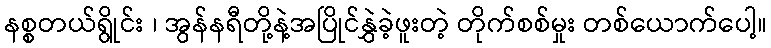
နစ္စတယ်ရွိုင်း ၊ အွန်နရီတို့နဲ့အပြိုင်နွှဲခဲ့ဖူးတဲ့ တိုက်စစ်မှုး တစ်ယောက်ပေါ့။